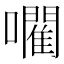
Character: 𡃦